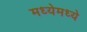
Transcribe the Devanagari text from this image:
मध्येमध्ये